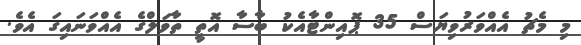
މި މެޗު އެއްވަރުވިޔަސް 35 ޕޮއިންޓާއެކު ބާސާ އޮތީ ތާވަލްގެ އެއްވަނައިގަ އެވެ.